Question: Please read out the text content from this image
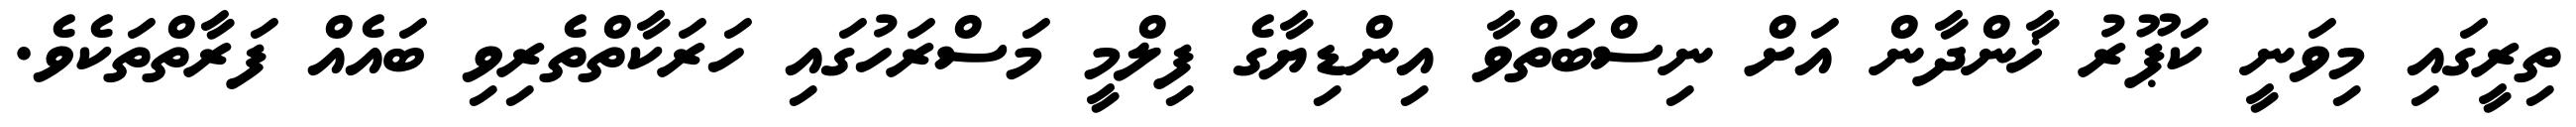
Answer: ތިރީގައި މިވަނީ ކަޕޫރު ޚާންދާން އަށް ނިސްބަތްވާ އިންޑިޔާގެ ފިލްމީ މަސްރަހުގައި ހަރަކާތްތެރިވި ބައެއް ފަރާތްތަކެވެ.